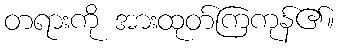
တရားကို အားထုတ်ကြကုန်၏။